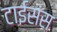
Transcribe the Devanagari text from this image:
टाईसंस